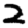
Digit: 2